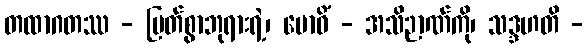
တထာဂတဿ - မြတ်စွာဘုရားရဲ့၊ ဗောဓိံ - အသိဉာဏ်ကို၊ သဒ္ဒဟတိ -